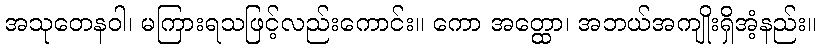
အသုတေနဝါ၊ မကြားရသဖြင့်လည်းကောင်း။ ကော အတ္ထော၊ အဘယ်အကျိုးရှိအံ့နည်း။